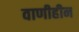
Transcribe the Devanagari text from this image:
वाणीहीन